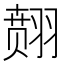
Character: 𱻞